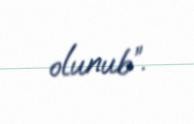
olunub”.